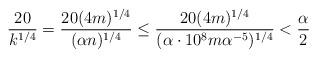
LaTeX: \begin{align*}\frac{20}{k^{1/4}} = \frac{20(4m)^{1/4}}{(\alpha n)^{1/4}} \le \frac{20(4m)^{1/4}}{(\alpha \cdot 10^{8} m\alpha^{-5})^{1/4}} < \frac{\alpha}{2}\end{align*}